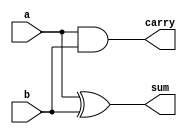
module HA(sum, carry, a, b);
    output sum, carry; 
    input a, b; 
    xor (sum, a, b);
    and (carry, a, b);
endmodule

module FA(sum, carry, a, b, c);
    output sum, carry; 
    input a, b, c; 
    xor (sum, a, b, c);
    and (t1, a, b);
    xor (t2, a, b);
    and (t3, t2, c);
    or (carry, t1, t3);
endmodule
    
module multiplier(A,B,out);
    //inputs and outputs
    input [7:0] A,B;
    output [15:0] out;
  
    //connecting wire
    wire sh11, sh12, sh13, sh14, sh21, sh22, sh23, sh31, sh32, sh33, sh34, sh41, sh42, sh43, sh44;
    wire sf11, sf12, sf13, sf14, sf15, sf16, sf17, sf18, sf19, sf110, sf111, sf112;
    wire sf21, sf22, sf23, sf24, sf25, sf26, sf27, sf28, sf29, sf210, sf211, sf212, sf213;
    wire sf31, sf32, sf33, sf34, sf35, sf36;
    wire sf41, sf42, sf43, sf44, sf45, sf46, sf47;
  
	wire ch11, ch12, ch13, ch14, ch21, ch22, ch23, ch31, ch32, ch33, ch34, ch41, ch42, ch43, ch44;
    wire cf11, cf12, cf13, cf14, cf15, cf16, cf17, cf18, cf19, cf110, cf111, cf112;
    wire cf21, cf22, cf23, cf24, cf25, cf26, cf27, cf28, cf29, cf210, cf211, cf212, cf213;
  	wire cf31, cf32, cf33, cf34, cf35, cf36;
  	wire cf41, cf42, cf43, cf44, cf45, cf46, cf47;
	 
	wire c0, c1, c2, c3, c4, c5, c6, c7, c8, c9, c10;
  
	//p multiplied by A and B (and gate)
    wire [7:0] p[7:0];
	 
	assign  p[0] = A & {8{B[0]}};	
	assign  p[1] = A & {8{B[1]}};	
	assign  p[2] = A & {8{B[2]}};	
	assign  p[3] = A & {8{B[3]}};	
	assign  p[4] = A & {8{B[4]}};	
	assign  p[5] = A & {8{B[5]}};	
	assign  p[6] = A & {8{B[6]}};	
	assign  p[7] = A & {8{B[7]}};
  
    // stage 0 _ first line
	assign out[0] = p[0][0];
	HA h11 (out[1], ch11, p[1][0], p[0][1]);
	FA f11 (sf11, cf11, p[2][0], p[1][1], p[0][2]);
  	FA f12 (sf12, cf12, p[2][1], p[1][2], p[0][3]);
  	FA f13 (sf13, cf13, p[2][2], p[1][3], p[0][4]);
  	FA f14 (sf14, cf14, p[2][3], p[1][4], p[0][5]);
  	FA f15 (sf15, cf15, p[2][4], p[1][5], p[0][6]);
  	FA f16 (sf16, cf16, p[2][5], p[1][6], p[0][7]);
  	HA h12 (sh12, ch12, p[2][6], p[1][7]);
  
    // stage 0 _ second line
  	HA h13 (sh13, ch13, p[4][0], p[3][1]);
    FA f17 (sf17, cf17, p[5][0], p[4][1], p[3][2]);
    FA f18 (sf18, cf18, p[5][1], p[4][2], p[3][3]);
  	FA f19 (sf19, cf19, p[5][2], p[4][3], p[3][4]);
  	FA f110 (sf110, cf110, p[5][3], p[4][4], p[3][5]);
  	FA f111 (sf111, cf111, p[5][4], p[4][5], p[3][6]);
  	FA f112 (sf112, cf112, p[5][5], p[4][6], p[3][7]);
  	HA h14 (sh14, ch14, p[5][6], p[4][7]); 
  
    // stage 1 _ first line
  	HA h21 (out[2], ch21, ch11, sf11);
  	FA f21 (sf21, cf21, cf11, p[3][0], sf12);
  	FA f22 (sf22, cf22, cf12, sf13, sh13);
  	FA f23 (sf23, cf23, cf13, sf14, sf17);
  	FA f24 (sf24, cf24, cf14, sf15, sf18);
  	FA f25 (sf25, cf25, cf15, sf16, sf19);
  	FA f26 (sf26, cf26, cf16, sh12, sf110);
  	FA f27 (sf27, cf27, ch12, p[2][7], sf111);
  
    // stage 1 _ second line
    HA h22 (sh22, ch22, cf17, p[6][0]);
	FA f28 (sf28, cf28, cf18, p[6][1], p[7][0]);
	FA f29 (sf29, cf29, cf19, p[6][2], p[7][1]);
    FA f210 (sf210, cf210, cf110, p[6][3], p[7][2]);
    FA f211 (sf211, cf211, cf111, p[6][4], p[7][3]);
    FA f212 (sf212, cf212, cf112, p[6][5], p[7][4]);
    FA f213 (sf213, cf213, p[5][7], p[6][6], p[7][5]);
    HA h23 (sh23, ch23, p[6][7], p[7][6]);
  
    // stage 2
    HA h31 (out[3], ch31, ch21, sf21);
    HA h32 (sh32, ch32, cf21, sf22);
    FA f31 (sf31, cf31, cf22, ch13, sf23);
    FA f32 (sf32, cf32, cf23, sf24, sh22);
    FA f33 (sf33, cf33, cf24, sf25, sf28);
    FA f34 (sf34, cf34, cf25, sf26, sf29);
    FA f35 (sf35, cf35, cf26, sf27, sf210);
    FA f36 (sf36, cf36, cf27, sf112, sf211);
    HA h33 (sh33, ch33, sh14, sf212);
    HA h34 (sh34, ch34, ch14, sf213);
  
  
    // stage 3
    HA h41 (out[4], ch41, ch31, sh32);
    HA h42 (sh42, ch42, ch32, sf31);
    HA h43 (sh43, ch43, cf31, sf32); 
    FA f41 (sf41, cf41, cf32, ch22, sf33);
    FA f42 (sf42, cf42, cf33, cf28, sf34);
    FA f43 (sf43, cf43, cf34, cf29, sf35);
    FA f44 (sf44, cf44, cf35, cf210, sf36);
    FA f45 (sf45, cf45, cf36, cf211, sh33);
    FA f46 (sf46, cf46, ch33, cf212, sh34);
    FA f47 (sf47, cf47, ch34, cf213, sh23);
    HA h44 (sh44, ch44, ch23, p[7][7]); 
  
    // stage 4 ripple carry adder
    HA h_a (out[5], c0, ch41, sh42);
  	FA f_a (out[6], c1, c0, ch42, sh43);
 	FA f_b (out[7], c2, c1, ch43, sf41);  
    FA f_c (out[8], c3, c2, cf41, sf42);  
 	FA f_d (out[9], c4, c3, cf42, sf43);  
 	FA f_e (out[10], c5, c4, cf43, sf44);
  	FA f_f (out[11], c6, c5, cf44, sf45);
    FA f_g (out[12], c7, c6, cf45, sf46);
  	FA f_h (out[13], c8, c7, cf46, sf47);
  	FA f_i (out[14], c9, c8, cf47, sh44);
  	HA h_b (out[15], c10, c9, ch44);
endmodule

module tb1;
  	reg [7:0] a, b;
  	wire [15:0] mout;
  
  	multiplier multiplier1 (a, b, mout);
  
  	wire [15:0] test;
  	assign test = a * b;
  
  	initial 
  	begin
       a = 8'b00000000;  b=8'b00000000; 
  	#1 a = 8'b11011000;  b=8'b11001101; 
  	#1 a = 8'b11100000;  b=8'b11100011; 
  	#1 a = 8'b00001100;  b=8'b00111111;
  	#1 a = 8'b10101110;  b=8'b10110101;
  	#1 a = 8'b11111111;  b=8'b11111111;
  	end
  
  	initial 
  	begin
      	$monitor("a: %d, b: %d, a*b: %d, wallace: %d", a, b, test, mout);
    	$dumpfile("dump.vcd"); $dumpvars;
  	end
  
endmodule

module tb2;
  	reg [7:0] a, b;
  	wire [15:0] mout;
    integer error = 0, i = 0, j = 0;
  
  
  	multiplier multiplier2 (a, b, mout);
  
  	initial 
  	begin
       for(i = 0;i <= 255;i = i+1)
            for(j = 0;j <= 255;j = j+1) begin
                a <= i;
                b <= j;
                #1;
              if (mout != a*b)
                    error = error + 1;
            end
      $monitor("error: %d",error);
  	end
endmodule